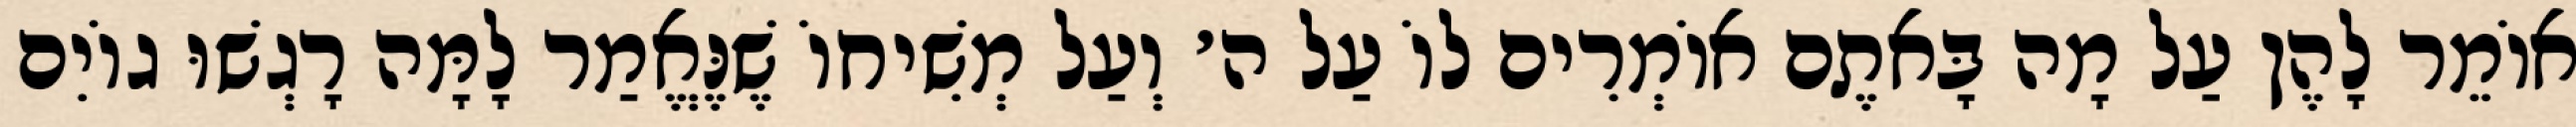
אוֹמֵר לָהֶן עַל מָה בָּאתֶם אוֹמְרִים לוֹ עַל ה׳ וְעַל מְשִׁיחוֹ שֶׁנֶּאֱמַר לָמָּה רָגְשׁוּ גוֹיִם